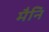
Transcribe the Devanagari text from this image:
मैनि